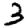
Digit: 3